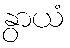
နွာယံ